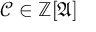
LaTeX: { \mathcal { C } } \in \mathbb { Z } [ { \mathfrak { A } } ]